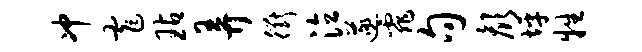
冲窄玷弄衢泣遂霏句颜坪牲